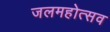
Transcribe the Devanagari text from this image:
जलमहोत्सव